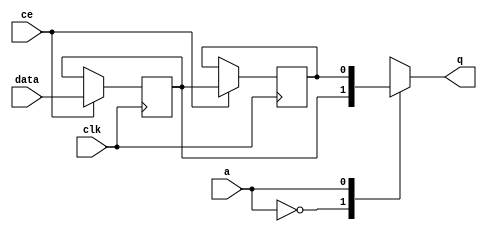
// ==============================================================
// Vitis HLS - High-Level Synthesis from C, C++ and OpenCL v2022.1 (64-bit)
// Tool Version Limit: 2022.04
// Copyright 1986-2022 Xilinx, Inc. All Rights Reserved.
// ==============================================================

`timescale 1 ns / 1 ps

module userdma_fifo_w1_d2_S_shiftReg (
    clk,
    data,
    ce,
    a,
    q);

parameter DATA_WIDTH = 32'd1;
parameter ADDR_WIDTH = 32'd1;
parameter DEPTH = 2'd2;

input clk;
input [DATA_WIDTH-1:0] data;
input ce;
input [ADDR_WIDTH-1:0] a;
output [DATA_WIDTH-1:0] q;

reg[DATA_WIDTH-1:0] SRL_SIG [0:DEPTH-1];
integer i;

always @ (posedge clk)
    begin
        if (ce)
        begin
            for (i=0;i<DEPTH-1;i=i+1)
                SRL_SIG[i+1] <= SRL_SIG[i];
            SRL_SIG[0] <= data;
        end
    end

assign q = SRL_SIG[a];

endmodule

module userdma_fifo_w1_d2_S (
    clk,
    reset,
    if_num_data_valid,
    if_fifo_cap,
    if_empty_n,
    if_read_ce,
    if_read,
    if_dout,
    if_full_n,
    if_write_ce,
    if_write,
    if_din);

parameter MEM_STYLE   = "shiftreg";
parameter DATA_WIDTH  = 32'd1;
parameter ADDR_WIDTH  = 32'd1;
parameter DEPTH       = 2'd2;

input clk;
input reset;
output if_empty_n;
input if_read_ce;
input if_read;
output wire [ADDR_WIDTH:0] if_num_data_valid;
output wire [ADDR_WIDTH:0] if_fifo_cap;
output[DATA_WIDTH - 1:0] if_dout;
output if_full_n;
input if_write_ce;
input if_write;
input[DATA_WIDTH - 1:0] if_din;

wire[ADDR_WIDTH - 1:0] shiftReg_addr ;
wire[DATA_WIDTH - 1:0] shiftReg_data, shiftReg_q;
wire                     shiftReg_ce;
reg[ADDR_WIDTH:0] mOutPtr = ~{(ADDR_WIDTH+1){1'b0}};
reg internal_empty_n = 0;
reg internal_full_n = 1;

assign if_full_n = internal_full_n;
assign if_empty_n = internal_empty_n;
assign shiftReg_data = if_din;
assign if_dout = shiftReg_q;

always @ (posedge clk) begin
    if (reset == 1'b1)
    begin
        mOutPtr <= ~{ADDR_WIDTH+1{1'b0}};
        internal_empty_n <= 1'b0;
        internal_full_n <= 1'b1;
    end
    else begin
        if (((if_read & if_read_ce) == 1 & internal_empty_n == 1) && 
            ((if_write & if_write_ce) == 0 | internal_full_n == 0))
        begin
            mOutPtr <= mOutPtr - 2'd1;
            if (mOutPtr == 2'd0)
                internal_empty_n <= 1'b0;
            internal_full_n <= 1'b1;
        end 
        else if (((if_read & if_read_ce) == 0 | internal_empty_n == 0) && 
            ((if_write & if_write_ce) == 1 & internal_full_n == 1))
        begin
            mOutPtr <= mOutPtr + 2'd1;
            internal_empty_n <= 1'b1;
            if (mOutPtr == DEPTH - 2'd2)
                internal_full_n <= 1'b0;
        end 
    end
end

assign shiftReg_addr = mOutPtr[ADDR_WIDTH] == 1'b0 ? mOutPtr[ADDR_WIDTH-1:0]:{ADDR_WIDTH{1'b0}};
assign shiftReg_ce = (if_write & if_write_ce) & internal_full_n;
assign if_num_data_valid = mOutPtr + 1'b1;
assign if_fifo_cap = DEPTH;

userdma_fifo_w1_d2_S_shiftReg 
#(
    .DATA_WIDTH(DATA_WIDTH),
    .ADDR_WIDTH(ADDR_WIDTH),
    .DEPTH(DEPTH))
U_userdma_fifo_w1_d2_S_ram (
    .clk(clk),
    .data(shiftReg_data),
    .ce(shiftReg_ce),
    .a(shiftReg_addr),
    .q(shiftReg_q));

endmodule